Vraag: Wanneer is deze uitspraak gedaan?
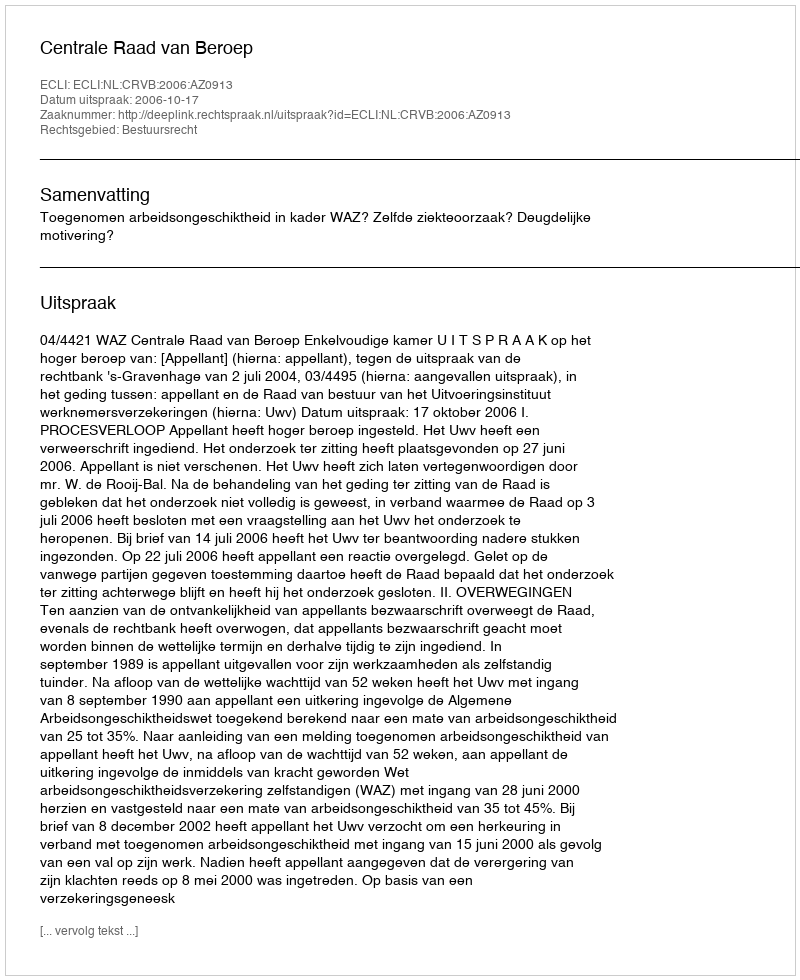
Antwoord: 2006-10-17